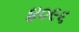
૪૦૯૬